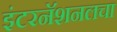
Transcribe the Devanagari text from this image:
इंटरनॅशनलचा